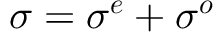
\boldsymbol { \sigma } = \boldsymbol { \sigma ^ { e } } + \boldsymbol { \sigma ^ { o } }